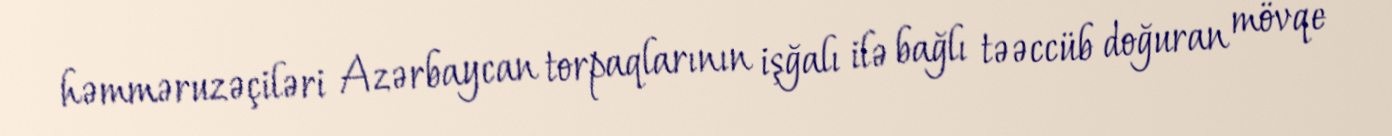
həmməruzəçiləri Azərbaycan torpaqlarının işğalı ilə bağlı təəccüb doğuran mövqe